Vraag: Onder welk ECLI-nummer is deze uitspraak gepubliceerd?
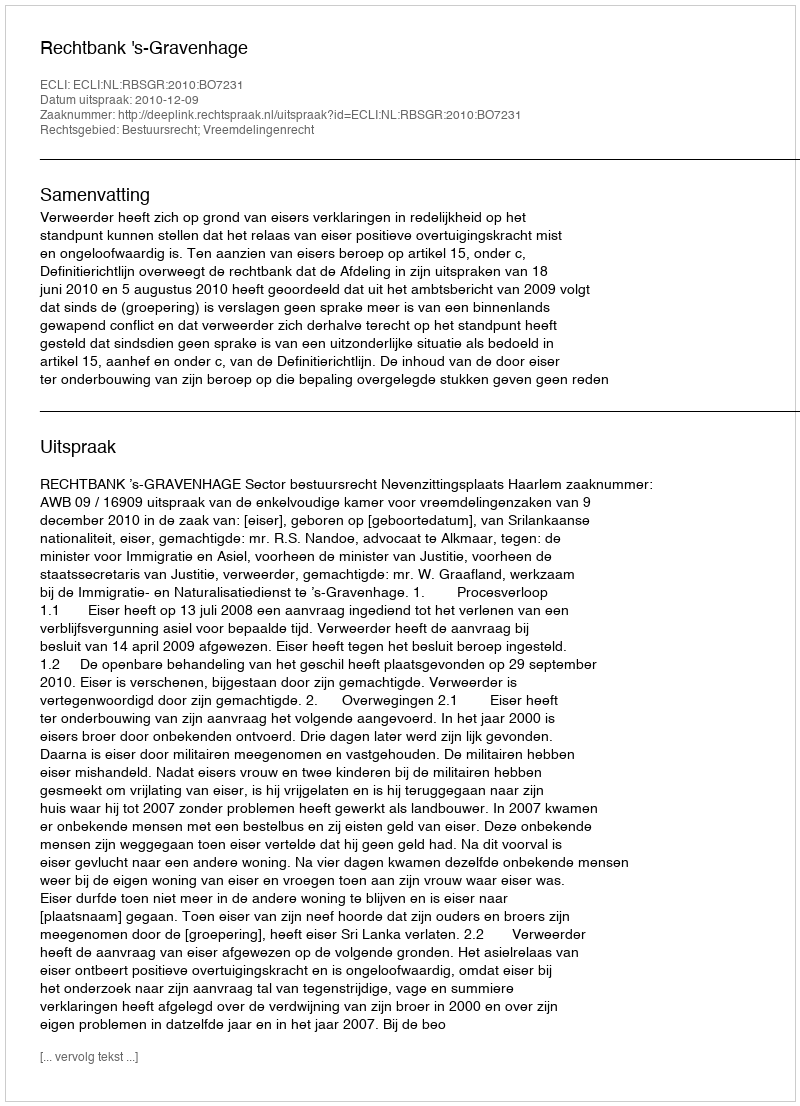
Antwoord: ECLI:NL:RBSGR:2010:BO7231